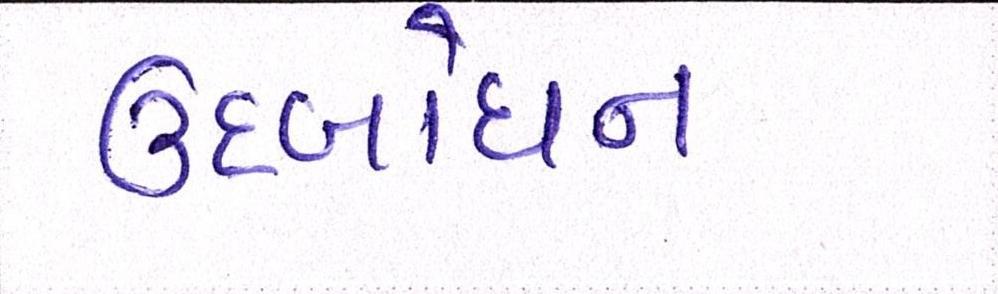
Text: ઉદબોધન